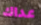
عداك